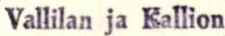
Vallilan ja Kallion